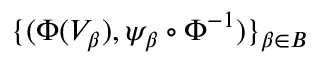
\{ ( \Phi ( V _ { \beta } ) , \psi _ { \beta } \circ \Phi ^ { - 1 } ) \} _ { \beta \in B }